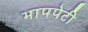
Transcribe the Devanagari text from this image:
भापपेटी